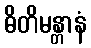
ဓိတိမန္တာနံ